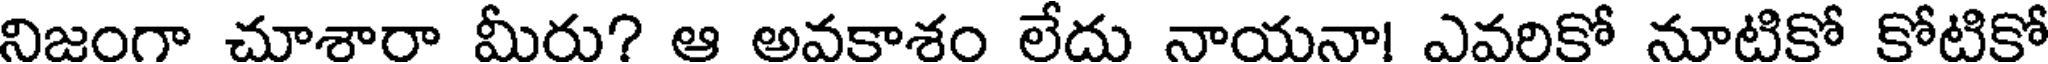
నిజంగా చూశారా మీరు? ఆ అవకాశం లేదు నాయనా! ఎవరికో నూటికో కోటికో